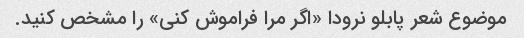
موضوع شعر پابلو نرودا «اگر مرا فراموش کنی» را مشخص کنید.